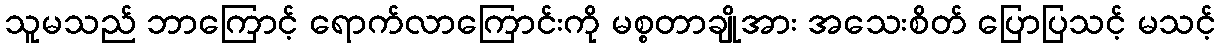
သူမသည် ဘာကြောင့် ရောက်လာကြောင်းကို မစ္စတာချိုအား အသေးစိတ် ပြောပြသင့် မသင့်